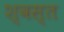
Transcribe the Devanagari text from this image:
श्वस्त